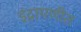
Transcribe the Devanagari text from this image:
इंद्रायणीत